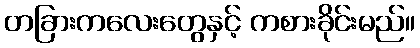
တခြားကလေးတွေနှင့် ကစားခိုင်းမည်။